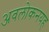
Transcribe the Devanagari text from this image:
अवलोकनयह